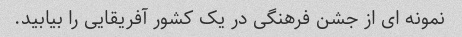
نمونه ای از جشن فرهنگی در یک کشور آفریقایی را بیابید.